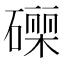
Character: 𮁄